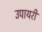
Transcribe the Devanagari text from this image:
उपायरी